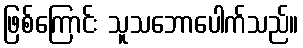
ဖြစ်ကြောင်း သူသဘောပေါက်သည်။